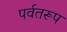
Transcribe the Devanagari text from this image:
पर्वतरूप